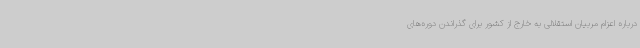
درباره اعزام مربیان استقلالی به خارج از کشور برای گذراندن دوره‌های